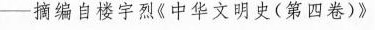
-摘编自楼宇烈《中华文明史(第四卷)》